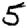
Digit: 5